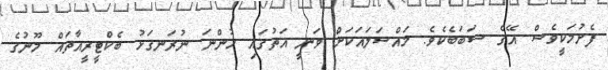
ފެށުމަކީވެސް އޭގެ ސަބަބެކެވެ. މައްސަލައަކަށް ވަނީ އަތުގައި ހުންނަ ނުރަނގަޅު ބެކްޓީރީއާތައް މޫނުގެ